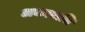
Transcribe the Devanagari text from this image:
अकाराति